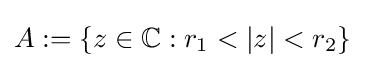
A:=\{z\in \mathbb {C} :r_{1}<|z|<r_{2}\}